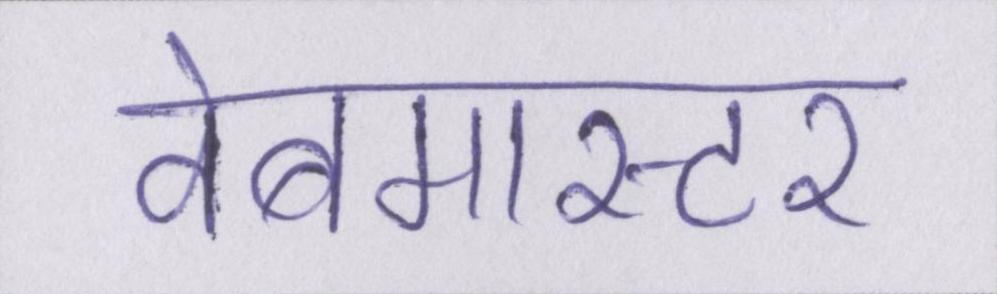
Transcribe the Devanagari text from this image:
वेबमास्टर